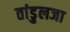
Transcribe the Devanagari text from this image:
तांडुलजा